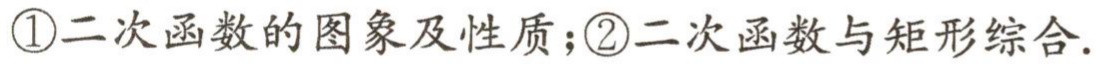
\textcircled{1}二次函数的图象及性质；\textcircled{2}二次函数与矩形综合.